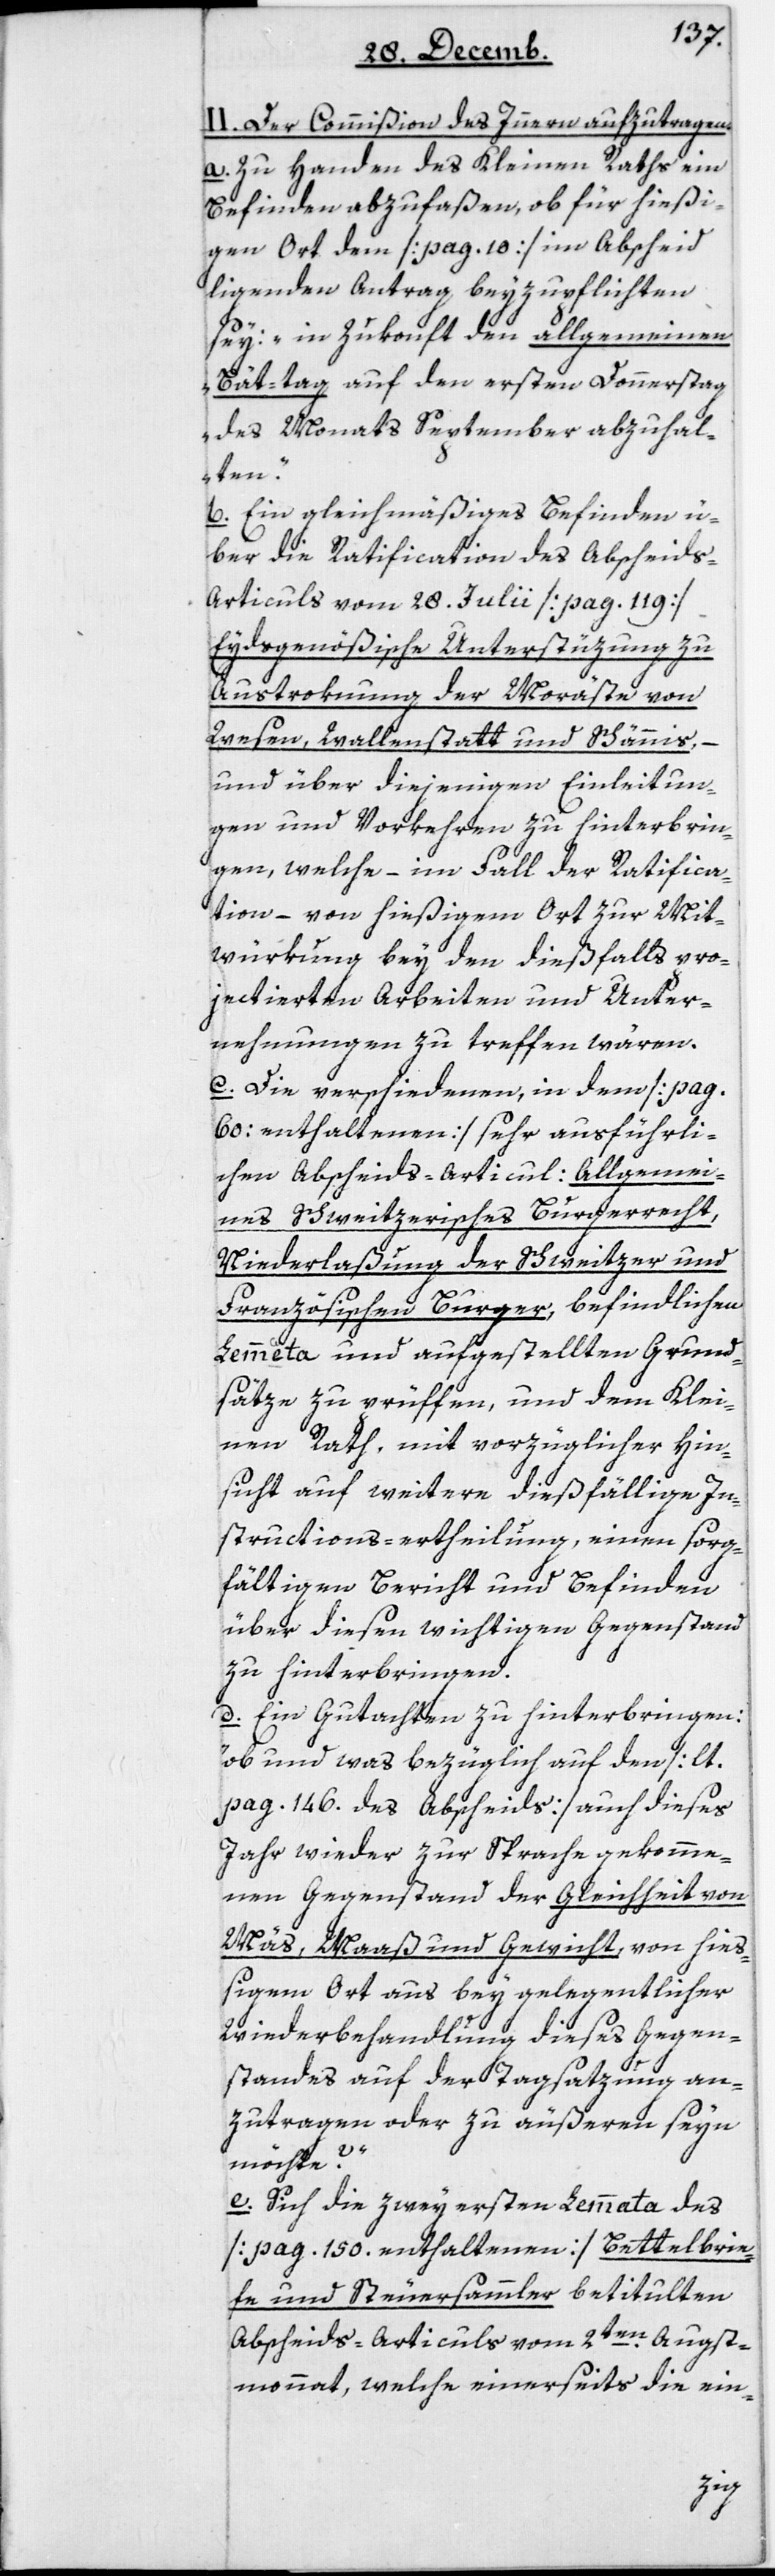
II. Der Commißion des Innern aufzutragen.
a. Zu Handen des Kleinen Raths ein
Befinden abzufaßen, ob für hießi¬
gen Ort dem (pag. 10) im Abscheid
ligenden Antrag beyzupflichten
sey: „in Zukonft den allgemeinen
Bät-tag auf den ersten Donnerstag
des Monats September abzuhal¬
ten“.
b. Ein gleichmäßiges Befinden ü¬
ber die Ratification des Abscheid¬
s-Articuls vom 28. Julii (pag. 119)
Eydsgenößische Unterstützung zu
Austrokung der Moräste von
Weesen, Wallenstatt und Schänis,
und über diejenigen Einleitun¬
gen und Vorkehren zu hinterbrin¬
gen, welche – im Fall der Ratifica¬
tion, – von hießigem Ort zur Mit¬
würkung bey den dießfalls pro¬
jectierten Arbeiten und Unter¬
nehmungen zu treffen wären.
c. Die verschiedenen, in dem (pag.
60 enthaltenen) sehr ausführli¬
chen Abscheids-Articul: Allgemei¬
nes schweizerisches Burgerrecht,
Niederlaßung der Schweitzer und
Französischen Burger, befindlichen
Lemmata und aufgestellten Grund¬
sätze zu prüffen, und dem Klei¬
nen Rath, mit vorzüglicher Hin¬
sicht auf weitere dießfällige In¬
structions-ertheilung, einen sorg¬
fältigen Bericht und Befinden
über diesen wichtigen Gegenstand
zu hinterbringen.
d. Ein Gutachten zu hinterbringen:
„ob und was bezüglich auf den (laut
pag. 146 des Abscheids) auch dieses
Jahr wieder zur Sprache gekomme¬
nen Gegenstand der Gleichheit von
Mäs, Maaß und Gewicht, von hieß¬
igen Ort aus bey gelegentlicher
Wiederbehandlung dieses Gegen¬
standes auf der Tagsatzung an¬
zutragen oder zu äußeren seyn
möchte?“
e. Sich die zwey ersten Lemmata des
(pag. 150 enthaltenen) Bettelbrie¬
fe und Steuersammler betitulten
Abscheids-Articuls vom 2ten Augst¬
monat, welche einerseits die ein-